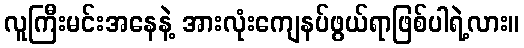
လူကြီးမင်းအနေနဲ့ အားလုံးကျေနပ်ဖွယ်ရာဖြစ်ပါရဲ့လား။